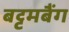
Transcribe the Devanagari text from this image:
बट्टमबैंग